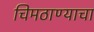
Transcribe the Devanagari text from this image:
चिमठाण्याचा